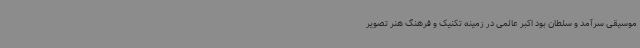
موسیقی سرآمد و سلطان بود اکبر عالمی در زمینه تکنیک و فرهنگ هنر تصویر